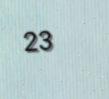
23